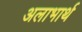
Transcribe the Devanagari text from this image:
अलाभार्थ